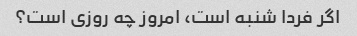
اگر فردا شنبه است، امروز چه روزی است؟